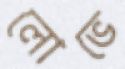
লোভে